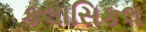
કલાસિકલ